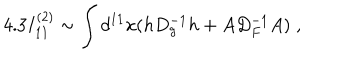
4 . 3 I _ { 1 1 } ^ { ( 2 ) } \sim \int d ^ { 1 1 } x ( h D _ { g } ^ { - 1 } h + A D _ { F } ^ { - 1 } A ) \; ,